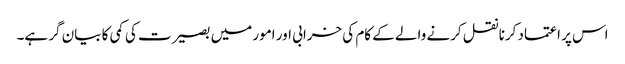
اس پر اعتماد کرنا نقل کرنے والے کے کام کی خرابی اور امور میں بصیرت کی کمی کا بیان گر ہے۔